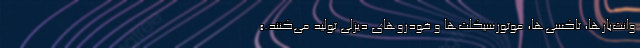
وانت‌بارها، تاکسی‌ها، موتورسیکلت‌ها و خودروهای دیزلی تولید می‌کنند.»